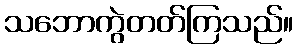
သဘောကွဲတတ်ကြသည်။